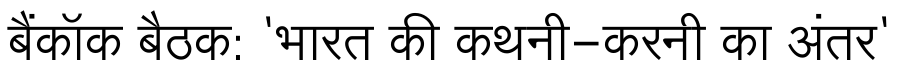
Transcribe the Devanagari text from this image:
बैंकॉक बैठक: 'भारत की कथनी-करनी का अंतर'